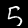
Digit: 5